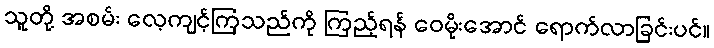
သူတို့ အစမ်း လေ့ကျင့်ကြသည်ကို ကြည့်ရန် ဝေမိုးအောင် ရောက်လာခြင်းပင်။